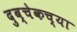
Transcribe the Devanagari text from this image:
दुब्चेकच्या